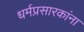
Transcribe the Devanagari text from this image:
धर्मप्रसारकांना